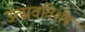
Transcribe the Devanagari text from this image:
उत्सवविशेष